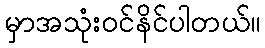
မှာအသုံးဝင်နိင်ပါတယ်။